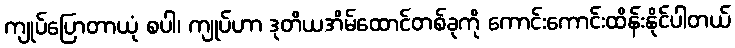
ကျုပ်ပြောတာယုံ စပါ၊ ကျုပ်ဟာ ဒုတိယအိမ်ထောင်တစ်ခုကို ကောင်းကောင်းထိန်းနိုင်ပါတယ်